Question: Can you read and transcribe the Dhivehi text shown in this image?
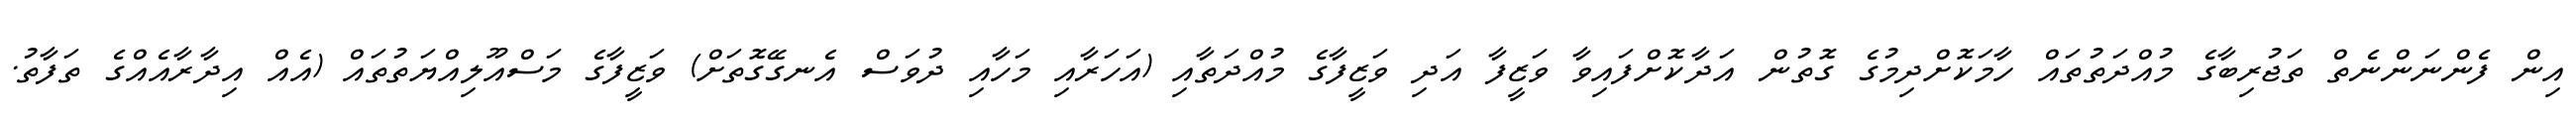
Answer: އިން ފެންނަންނެތް ތަޖުރިބާގެ މުއްދަތުތައް ހާމަކޮށްދިމުގެ ގޮތުން އަދާކޮށްފައިވާ ވަޒީފާ އަދި ވަޒީފާގެ މުއްދަތާއި (އަހަރާއި މަހާއި ދުވަސް އެނގޭގޮތަށް) ވަޒީފާގެ މަސްއޫލިއްޔަތުތައް (އެއް އިދާރާއެއްގެ ތަފާތު.